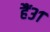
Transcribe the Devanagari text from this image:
हैं३१